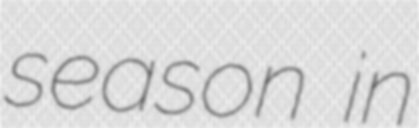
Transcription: season in